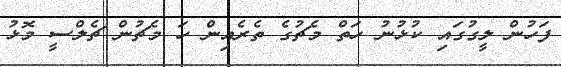
ފަހުން ލީގުގައި ކުޅުނު ހަތް މެޗުގެ ތެރެއިން ހަ މެޗުން ޗެލްސީ މޮޅު